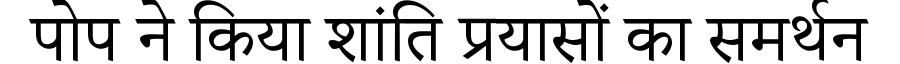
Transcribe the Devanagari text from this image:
पोप ने किया शांति प्रयासों का समर्थन